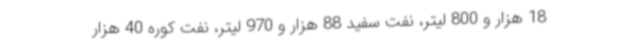
18 هزار و 800 لیتر، نفت سفید 88 هزار و 970 لیتر، نفت کوره 40 هزار